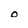
Character: o